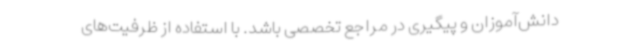
دانش‌آموزان و پیگیری در مراجع تخصصی باشد. با استفاده از ظرفیت‌های